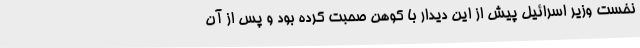
نخست وزیر اسرائیل پیش از این دیدار با کوهن صحبت کرده بود و پس از آن